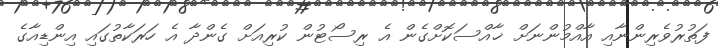
ފަތުރުވެރިންނާއި އާއްމުންނަށް ޚާއްސަކޮށްގެން އެ ރިސޯޓުން ކުރިއަށް ގެންދާ އެ ހަރަކާތުގައި އިންޑިއާގެ